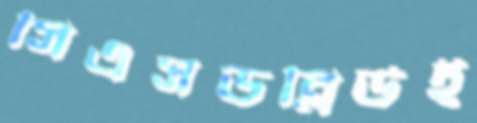
সিএসডব্লিউই